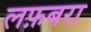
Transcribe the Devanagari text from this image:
लफ़बरा